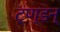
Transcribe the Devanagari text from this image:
ट्ण्डन्